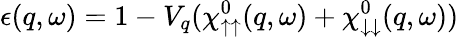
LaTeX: \epsilon(q,\omega)=1-V_{q}(\chi_{\uparrow\uparrow}^{0}(q,\omega)+\chi_{\downarrow\downarrow}^{0}(q,\omega))